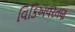
વિકિઅવરતણ